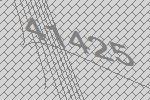
41425